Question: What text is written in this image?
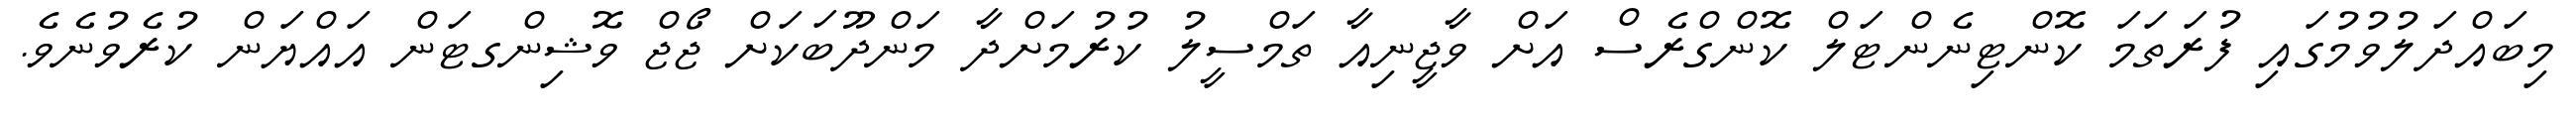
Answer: މިބައްދަލުވުމުގައި ފުރަތަމަ ކޮންޓިނެންޓަލް ކޮންގްރެސް އަށް ވާޖީނިއާ ތަމްސީލު ކުރުމަށްދާ މަންދޫބަކަށް ޖޯޖް ވޮޝިންގޓަން އައްޔަން ކުރެވުނެވެ.